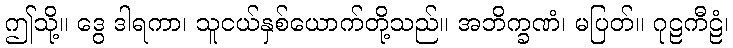
ဤသို့။ ဒွေ ဒါရကာ၊ သူငယ်နှစ်ယောက်တို့သည်။ အဘိက္ခဏံ၊ မပြတ်။ ဂုဠကီဠံ၊